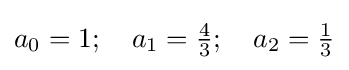
a_{0}=1;\quad a_{1}={\tfrac {4}{3}};\quad a_{2}={\tfrac {1}{3}}